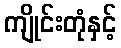
ကျိုင်းတုံနှင့်